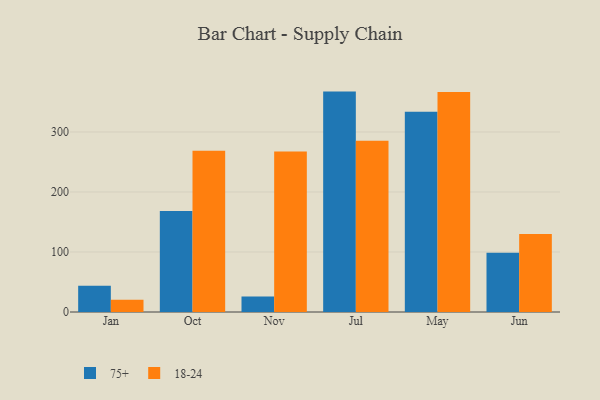
{"axis": {"x": "Month", "y": "Net Income (USD K)"}, "legend": ["18-24", "75+"], "data": [{"x": "Jan", "y": 43.8, "type": "75+"}, {"x": "Jan", "y": 20.6, "type": "18-24"}, {"x": "Oct", "y": 168.4, "type": "75+"}, {"x": "Oct", "y": 268.7, "type": "18-24"}, {"x": "Nov", "y": 25.9, "type": "75+"}, {"x": "Nov", "y": 267.5, "type": "18-24"}, {"x": "Jul", "y": 367.3, "type": "75+"}, {"x": "Jul", "y": 285.3, "type": "18-24"}, {"x": "May", "y": 333.6, "type": "75+"}, {"x": "May", "y": 366.5, "type": "18-24"}, {"x": "Jun", "y": 98.9, "type": "75+"}, {"x": "Jun", "y": 130.1, "type": "18-24"}]}